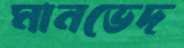
মানভেদ